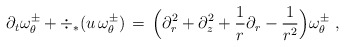
\begin{align*} \partial_t \omega_\theta^\pm + \div_*(u \,\omega_\theta^\pm) \,=\, \Bigl(\partial_r^2 + \partial_z^2 + \frac{1}{r}\partial_r - \frac{1}{r^2}\Bigr)\omega_\theta^\pm~,\end{align*}